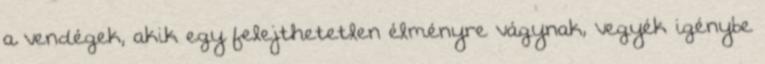
a vendégek, akik egy felejthetetlen élményre vágynak, vegyék igénybe